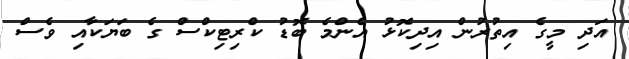
އަދި މީގެ އިތުރުން އިދިކޮޅު އެންމެ ބޮޑު ކްރިޓިކްސް ގެ ބަޔަކާއި ވެސް